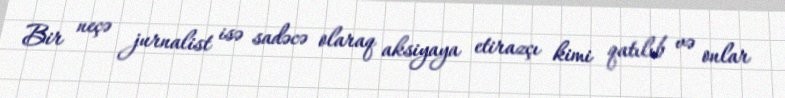
Bir neçə jurnalist isə sadəcə olaraq aksiyaya etirazçı kimi qatılıb və onlar